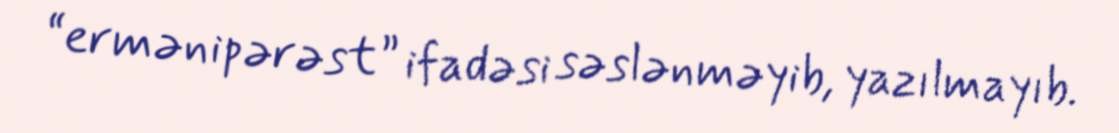
“ermənipərəst” ifadəsi səslənməyib, yazılmayıb.